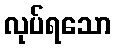
လုပ်ရသော